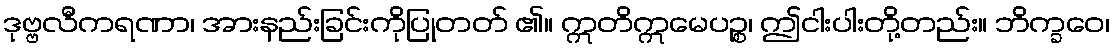
ဒုဗ္ဗလီကရဏာ၊ အားနည်းခြင်းကိုပြုတတ် ၏။ ဣတိဣမေပဉ္စ၊ ဤငါးပါးတို့တည်း။ ဘိက္ခဝေ၊